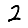
Digit: 2